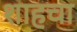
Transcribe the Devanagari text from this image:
शाहचा